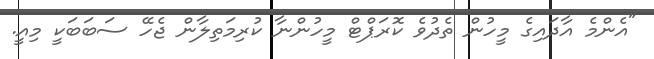
"އެންމެ އާދައިގެ މީހުން ތެދުވެ ކޮރަޕްޓް މީހުންނާ ކުރިމަތިލާން ޖެހޭ ސަބަބަކީ މިއީ.